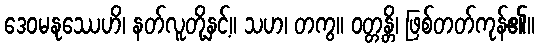
ဒေဝမနုဿေဟိ၊ နတ်လူတို့နှင့်။ သဟ၊ တကွ။ ဝတ္တန္တိ၊ ဖြစ်တတ်ကုန်၏။